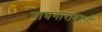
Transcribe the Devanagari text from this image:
नायगारावरती